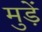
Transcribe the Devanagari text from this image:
मुड़ें